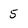
Character: 5